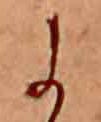
に